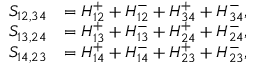
\begin{array} { r l } { S _ { 1 2 , 3 4 } } & { = H _ { 1 2 } ^ { + } + H _ { 1 2 } ^ { - } + H _ { 3 4 } ^ { + } + H _ { 3 4 } ^ { - } , } \\ { S _ { 1 3 , 2 4 } } & { = H _ { 1 3 } ^ { + } + H _ { 1 3 } ^ { - } + H _ { 2 4 } ^ { + } + H _ { 2 4 } ^ { - } , } \\ { S _ { 1 4 , 2 3 } } & { = H _ { 1 4 } ^ { + } + H _ { 1 4 } ^ { - } + H _ { 2 3 } ^ { + } + H _ { 2 3 } ^ { - } , } \end{array}